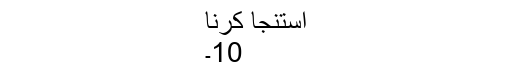
استنجا کرنا
10۔